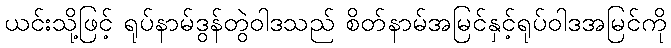
ယင်းသို့ဖြင့် ရုပ်နာမ်ဒွန်တွဲဝါဒသည် စိတ်နာမ်အမြင်နှင့်ရုပ်ဝါဒအမြင်ကို